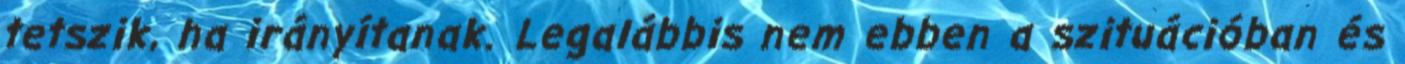
tetszik, ha irányítanak. Legalábbis nem ebben a szituációban és